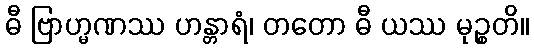
ဓီ ဗြာဟ္မဏဿ ဟန္တာရံ၊ တတော ဓီ ယဿ မုဉ္စတိ။